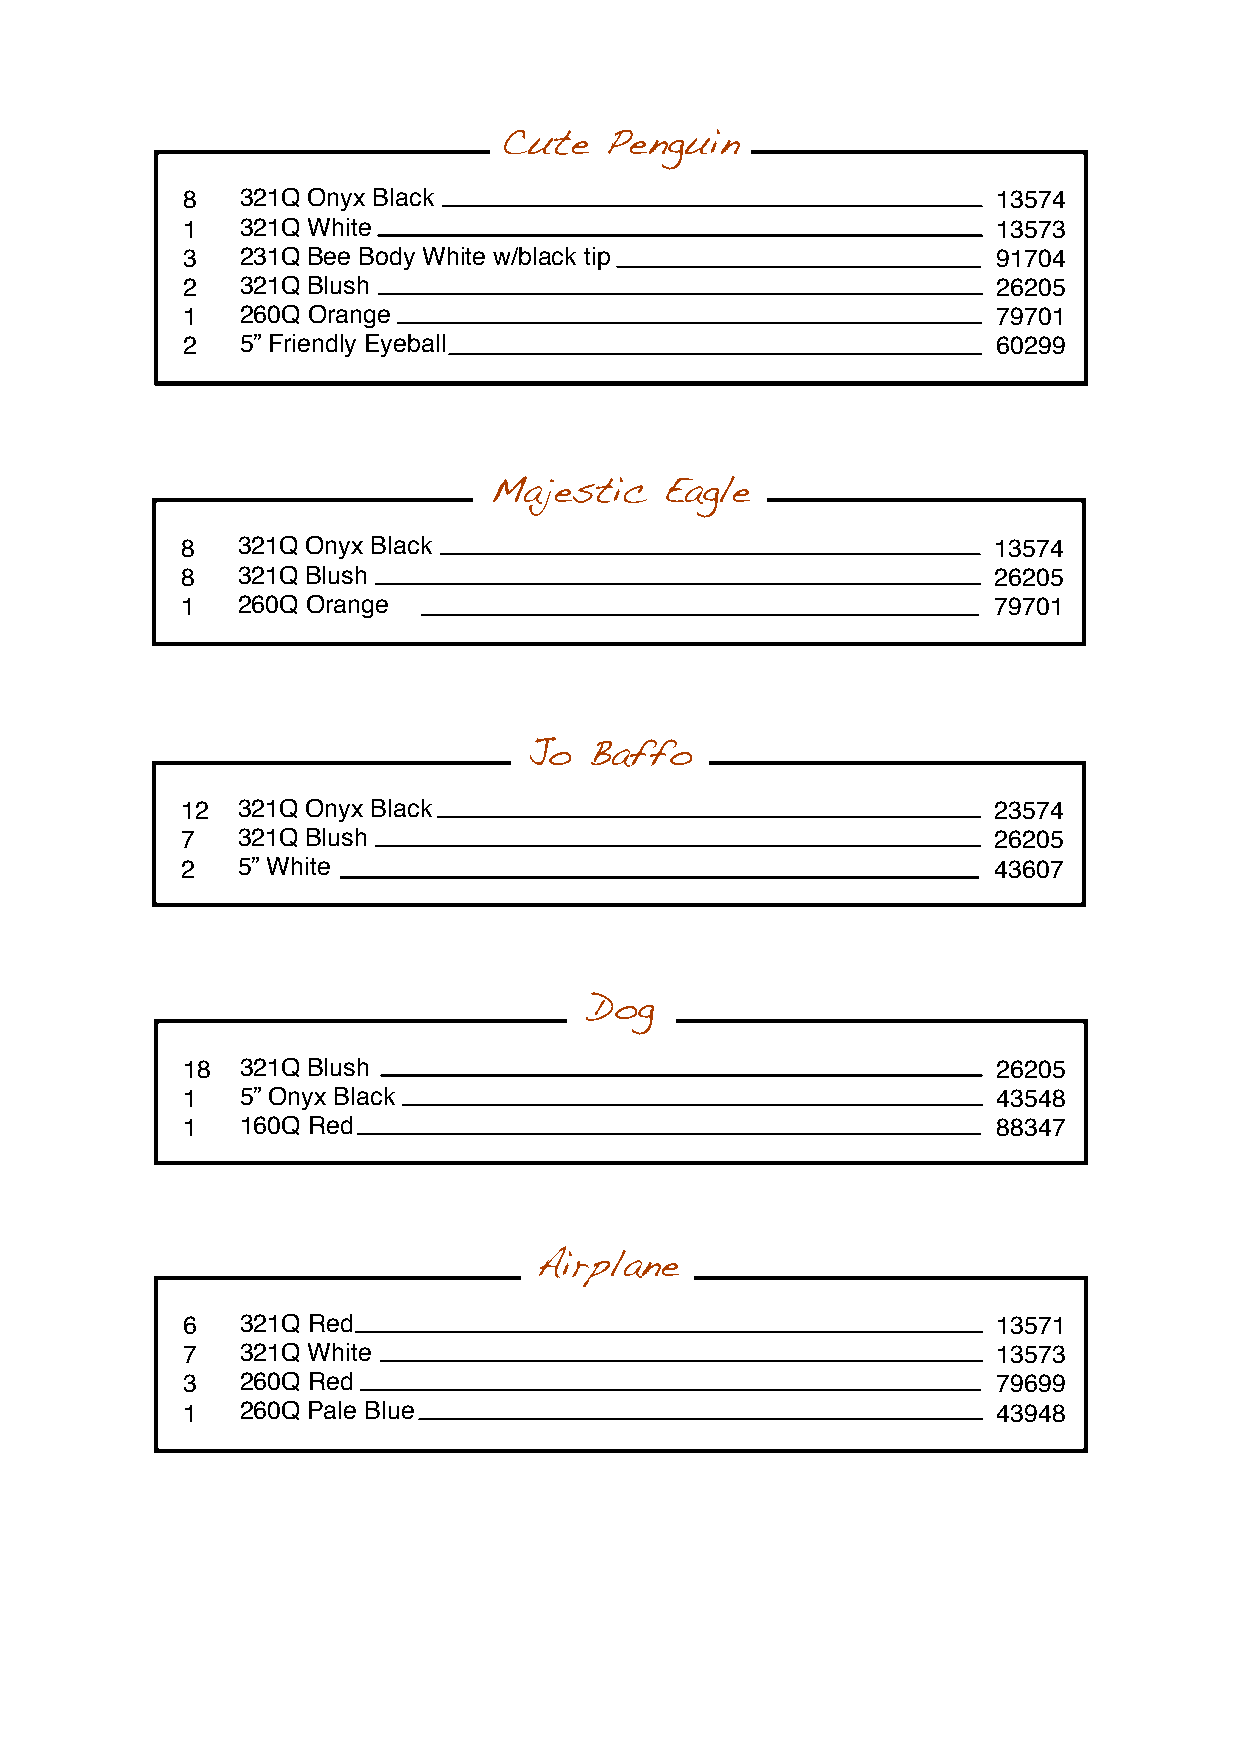
Cute   Penguin
 8   321Q Onyx Black                                   13574
 1   321Q White                                        13573
 3   231Q Bee Body White w/black tip                   91704
 2   321Q Blush                                        26205
 1   260Q Orange                                       79701
 2   5” Friendly Eyeball                               60299
 Majestic    Eagle
 8   321Q Onyx Black                                   13574
 8   321Q Blush                                        26205
 1   260Q Orange                                       79701
 Jo  Baffo
 12  321Q Onyx Black                                   23574
 7   321Q Blush                                        26205
 2   5” White                                          43607
 Dog
 18  321Q Blush                                        26205
 1   5” Onyx Black                                     43548
 1   160Q Red                                          88347
 Airplane
 6   321Q Red                                          13571
 7   321Q White                                        13573
 3   260Q Red                                          79699
 1   260Q Pale Blue                                    43948